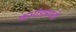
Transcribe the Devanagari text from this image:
कमांडमध्ये